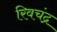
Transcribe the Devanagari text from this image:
रिवचंद्र